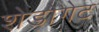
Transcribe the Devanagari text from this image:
शेडोगेट